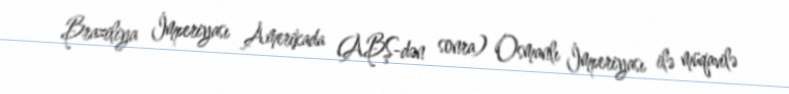
Braziliya İmperiyası Amerikada (ABŞ-dən sonra) Osmanlı İmperiyası ilə müqavilə